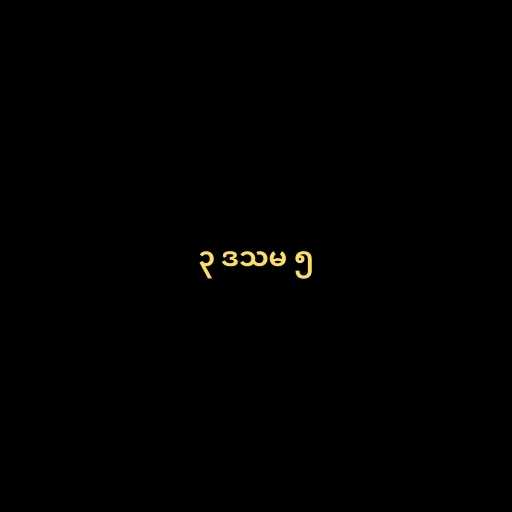
၃ ဒသမ ၅